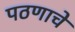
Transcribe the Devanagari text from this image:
पठणाचे